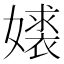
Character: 𫱹